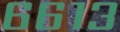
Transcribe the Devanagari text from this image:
६६१३